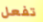
تفعل